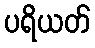
ပရိယတ်